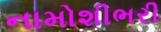
નામોશીભરી